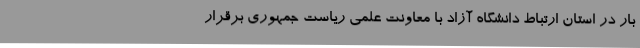
بار در استان ارتباط دانشگاه آزاد با معاونت علمی ریاست جمهوری برقرار